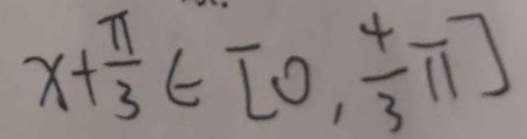
x + \frac { \pi } { 3 } \in [ 0 , \frac { 4 } { 3 } \overline { 1 1 } ]